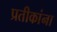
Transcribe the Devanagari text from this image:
प्रतीकांना